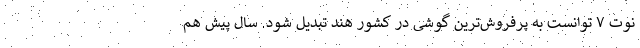
نوت ۷ توانست به پرفروش‌ترین گوشی در کشور هند تبدیل شود. سال پیش هم